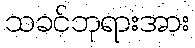
သခင်ဘုရားအား